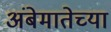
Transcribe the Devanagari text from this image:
अंबेमातेच्या